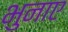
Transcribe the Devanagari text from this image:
भुनाए